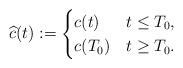
LaTeX: \begin{align*}\widehat{c}(t):=\begin{cases}c(t) & t\leq T_{0}, \\c(T_{0}) & t\geq T_{0}.\end{cases}\end{align*}